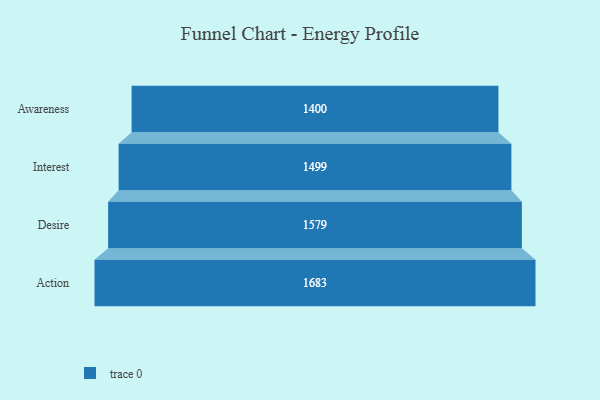
{"axis": {"x": "Stage", "y": "Value"}, "legend": [""], "data": [{"x": "Awareness", "y": 1400.0, "type": ""}, {"x": "Interest", "y": 1499.0, "type": ""}, {"x": "Desire", "y": 1579.0, "type": ""}, {"x": "Action", "y": 1683.0, "type": ""}]}